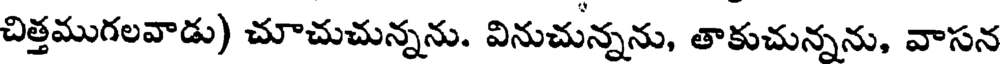
చిత్తముగలవాడు) చూచుచున్నను. వినుచున్నను, తాకుచున్నను, వాసన